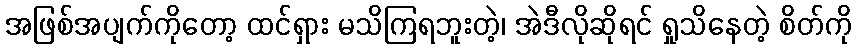
အဖြစ်အပျက်ကိုတော့ ထင်ရှား မသိကြရဘူးတဲ့၊ အဲဒီလိုဆိုရင် ရှုသိနေတဲ့ စိတ်ကို